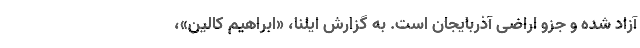
آزاد شده و جزو اراضی آذربایجان است. به گزارش ایلنا، «ابراهیم کالین»،